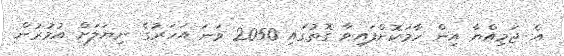
އެ ޖަމިއްޔާ އިން ހާމަކޮށްފައިވާ ގޮތުގައި 2050 ވަނަ އަހަރުގެ ނިޔަލަށް އުމުރުން